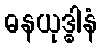
ဓနယုဒ္ဓါနံ